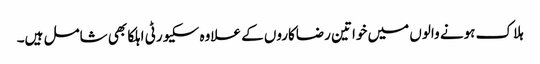
ہلاک ہونے والوں میں خواتین رضاکاروں کے علاوہ سکیورٹی اہلکا بھی شامل ہیں۔